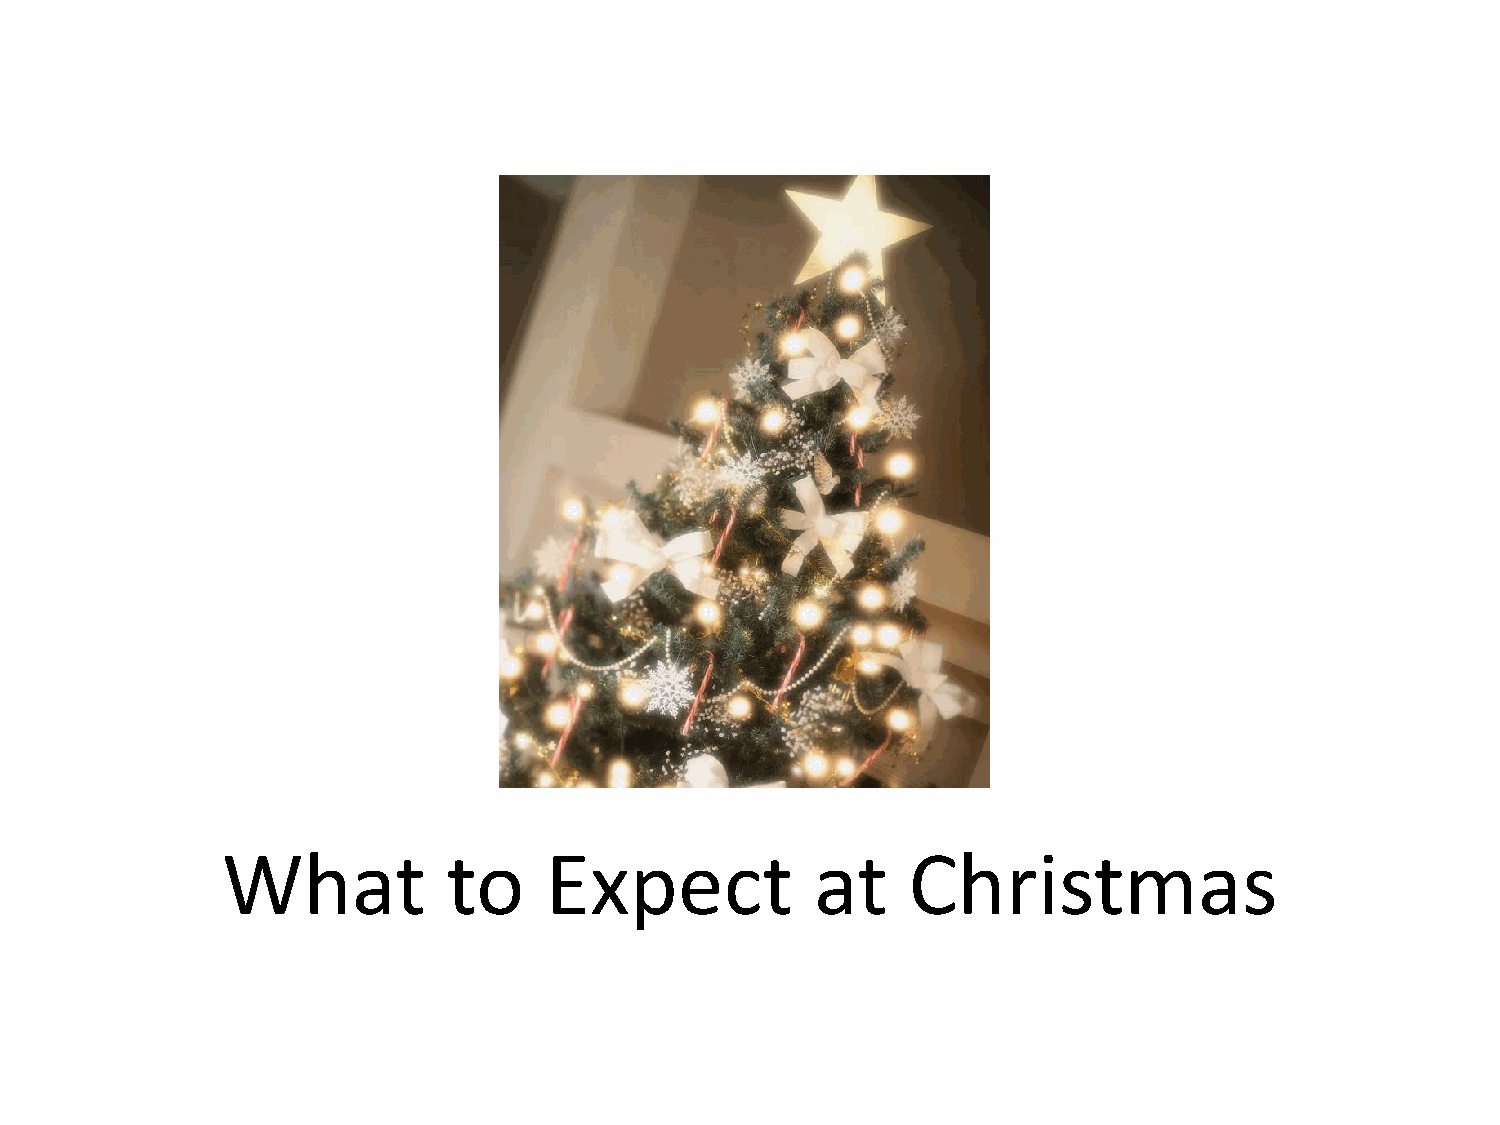
What           to    Expect            at    Christmas